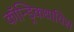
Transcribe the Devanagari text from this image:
कॉन्ड्रिकथायिस